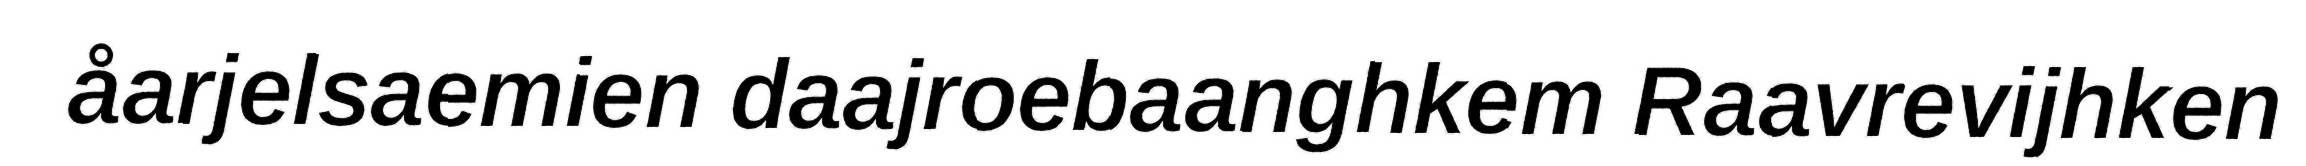
åarjelsaemien daajroebaanghkem Raavrevijhken